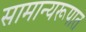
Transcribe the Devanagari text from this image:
सामान्यरूपात